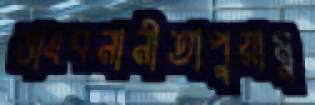
ভাংবনানীতাপুয়ামু